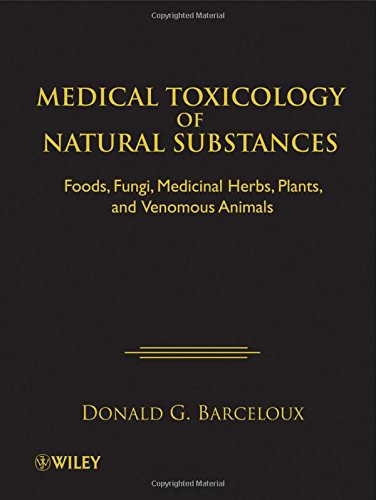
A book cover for Medical Toxicology of Natural Substances: Foods, Fungi, Medicinal Herbs, Plants, and Venomous Animals; Donald G. Barceloux; Medical Books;